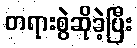
တရားစွဲဆိုခဲ့ပြီး